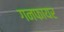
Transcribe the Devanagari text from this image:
गनफायर